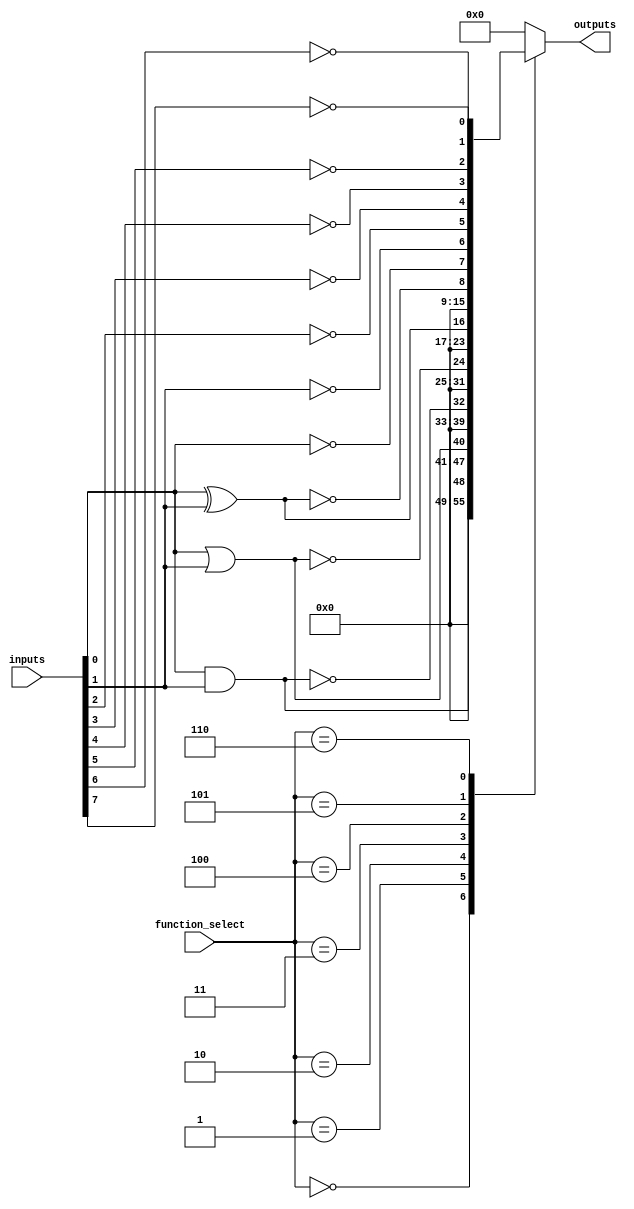
module programmable_logic_block (
    input wire [7:0] inputs,         // 8 input lines (can be configured for fewer lines)
    input wire [2:0] function_select, // Function selection: 3 bits for 8 functions
    output wire [7:0] outputs        // 8 output lines
);

// Internal wires for intermediate logic
wire and_out, or_out, nand_out, nor_out, xor_out, xnor_out;
wire not_out [0:7]; // 8 NOT outputs, one for each input

// Logic gate implementations
assign and_out = inputs[0] & inputs[1]; // Example for a fixed function (AND) on inputs 0, 1
assign or_out = inputs[0] | inputs[1];  // Example for OR
assign nand_out = ~(inputs[0] & inputs[1]); // NAND
assign nor_out = ~(inputs[0] | inputs[1]); // NOR
assign xor_out = inputs[0] ^ inputs[1]; // XOR
assign xnor_out = ~(inputs[0] ^ inputs[1]); // XNOR

// Generate NOT outputs
genvar i;
generate
    for (i = 0; i < 8; i = i + 1) begin: NOT_GEN
        assign not_out[i] = ~inputs[i]; // Generate NOT for each input
    end
endgenerate

// MUX to select output based on function_select input
always @(*) begin
    case (function_select)
        3'b000: outputs = {4'b0000, and_out}; // AND Function
        3'b001: outputs = {4'b0000, or_out};  // OR Function
        3'b010: outputs = {4'b0000, nand_out}; // NAND Function
        3'b011: outputs = {4'b0000, nor_out};  // NOR Function
        3'b100: outputs = {4'b0000, xor_out};  // XOR Function
        3'b101: outputs = {4'b0000, xnor_out}; // XNOR Function
        3'b110: outputs = {not_out[0], not_out[1], not_out[2], not_out[3], not_out[4], not_out[5], not_out[6], not_out[7]}; // ALL NOT Functions
        default: outputs = 8'b00000000;       // Default case (logic LOW)
    endcase
end

endmodule